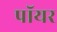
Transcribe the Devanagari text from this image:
पॉयर